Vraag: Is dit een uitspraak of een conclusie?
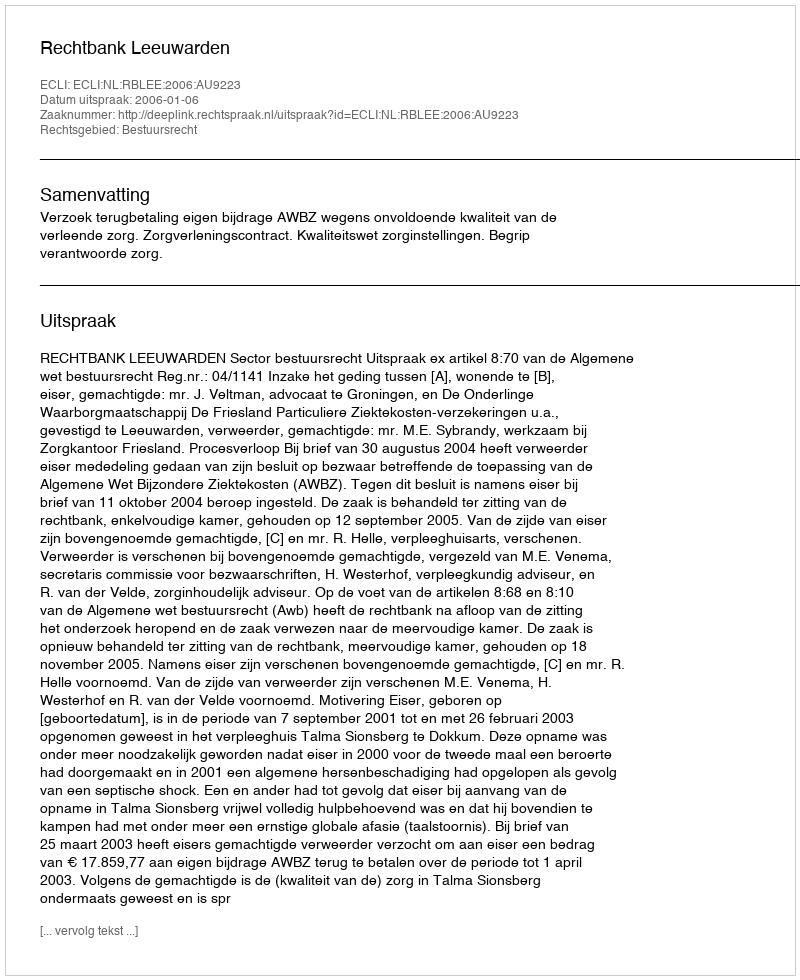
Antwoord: Uitspraak